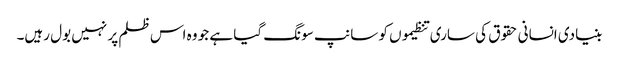
بنیادی انسانی حقوق کی ساری تنظیموں کو سانپ سونگ گیا ہے جو وہ اس ظلم پر نہیں بول رہیں۔